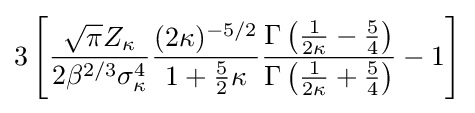
3\left[{\frac {{\sqrt {\pi }}Z_{\kappa }}{2\beta ^{2/3}\sigma _{\kappa }^{4}}}{\frac {(2\kappa )^{-5/2}}{1+{\frac {5}{2}}\kappa }}{\frac {\Gamma \left({\frac {1}{2\kappa }}-{\frac {5}{4}}\right)}{\Gamma \left({\frac {1}{2\kappa }}+{\frac {5}{4}}\right)}}-1\right]